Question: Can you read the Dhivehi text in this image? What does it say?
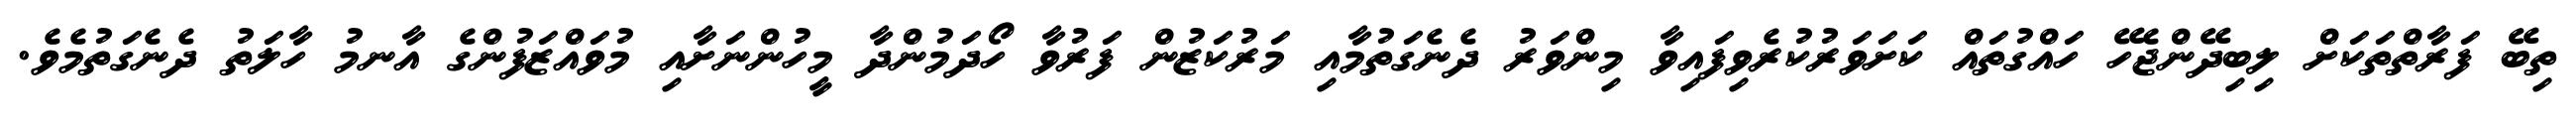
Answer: ތިބޭ ފަރާތްތަކަށް ލިބިދޭންޖެހޭ ހައްގުތައް ކަށަވަރުކުރެވިފައިވާ މިންވަރު ދެނެގަތުމާއި މަރުކަޒުން ފަރުވާ ހޯދަމުންދާ މީހުންނަށާއި މުވައްޒަފުންގެ އާނމު ހާލަތު ދެނެގަތުމެވެ.